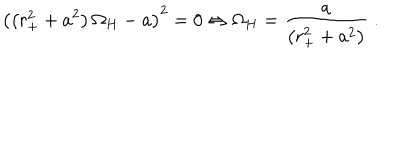
LaTeX: { \left( \left( r _ { + } ^ { 2 } + a ^ { 2 } \right) \Omega _ { H } - a \right) } ^ { 2 } = 0 \Leftrightarrow \Omega _ { H } = \frac { a } { \left( r _ { + } ^ { 2 } + a ^ { 2 } \right) } \; .